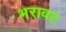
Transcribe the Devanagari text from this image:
भरावट